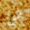
فى